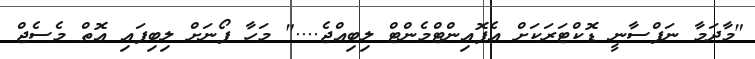
"މާދަމާ ނަފްސާނީ ޑޮކްޓަރަކަށް އެޕޮއިންޓްމެންޓް ލިބިއްޖެ...." މަހާ ފޯނަށް ލިބިފައި އޮތް މެސެޖް